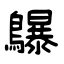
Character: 鸔